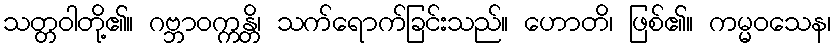
သတ္တဝါတို့၏။ ဂဗ္ဘာဝက္ကန္တိ၊ သက်ရောက်ခြင်းသည်။ ဟောတိ၊ ဖြစ်၏။ ကမ္မဝသေန၊